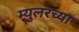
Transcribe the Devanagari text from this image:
म्युलरच्या